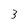
Character: 3